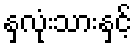
နှလုံးသားနှင့်